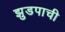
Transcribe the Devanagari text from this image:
झुडपाची